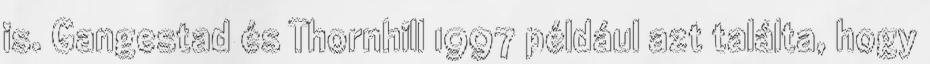
is. Gangestad és Thornhill 1997 például azt találta, hogy